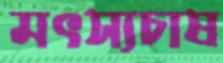
মৎস্যচাষ